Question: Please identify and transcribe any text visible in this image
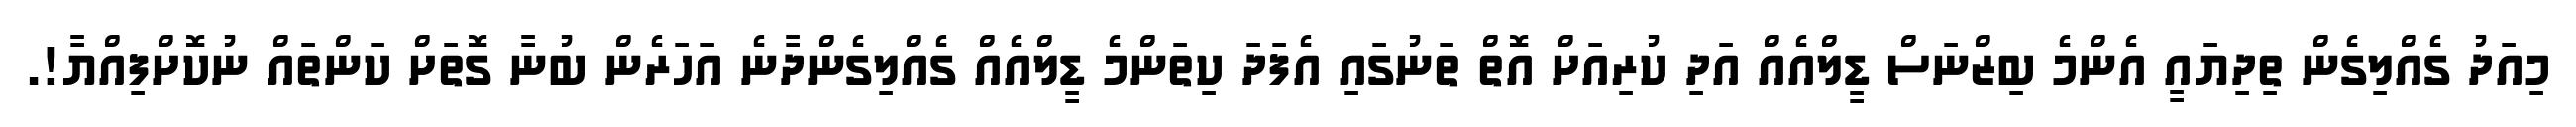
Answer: މިއަދު ގެއްލިގެން ތިދިޔައީ އެންމެ ބިޒްނަސް ޑީލްއެއް އަދި ކުރިއަށް އޮތް ތަނުގައި އެފަދަ ކިތަންމެ ޑީލްއެއް ގެއްލިގެންދާނެ އަހަރެން ބުނާ ގޮތަށް ކަންތައް ނުކޮށްފިއްޔާ!.